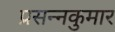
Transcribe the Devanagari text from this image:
प्रसन्‍नकुमार